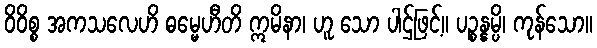
ဝိဝိစ္စ အကသလေဟိ ဓမ္မေဟီတိ ဣမိနာ၊ ဟူ သော ပါဌ်ဖြင့်။ ပဉ္စန္နမ္ပိ၊ ကုန်သော။